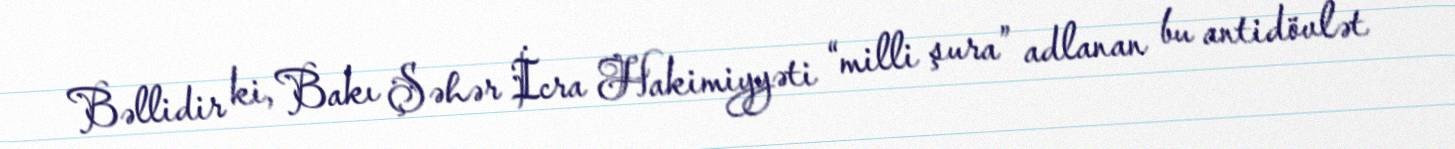
Bəllidir ki, Bakı Şəhər İcra Hakimiyyəti “milli şura” adlanan bu antidövlət